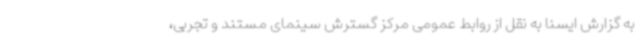
به گزارش ایسنا به نقل از روابط عمومی مرکز گسترش سینمای مستند و تجربی،